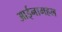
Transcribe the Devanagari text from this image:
आईनामहल